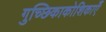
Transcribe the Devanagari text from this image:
गुच्छिकाकोशिकाएँ